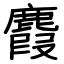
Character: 麚